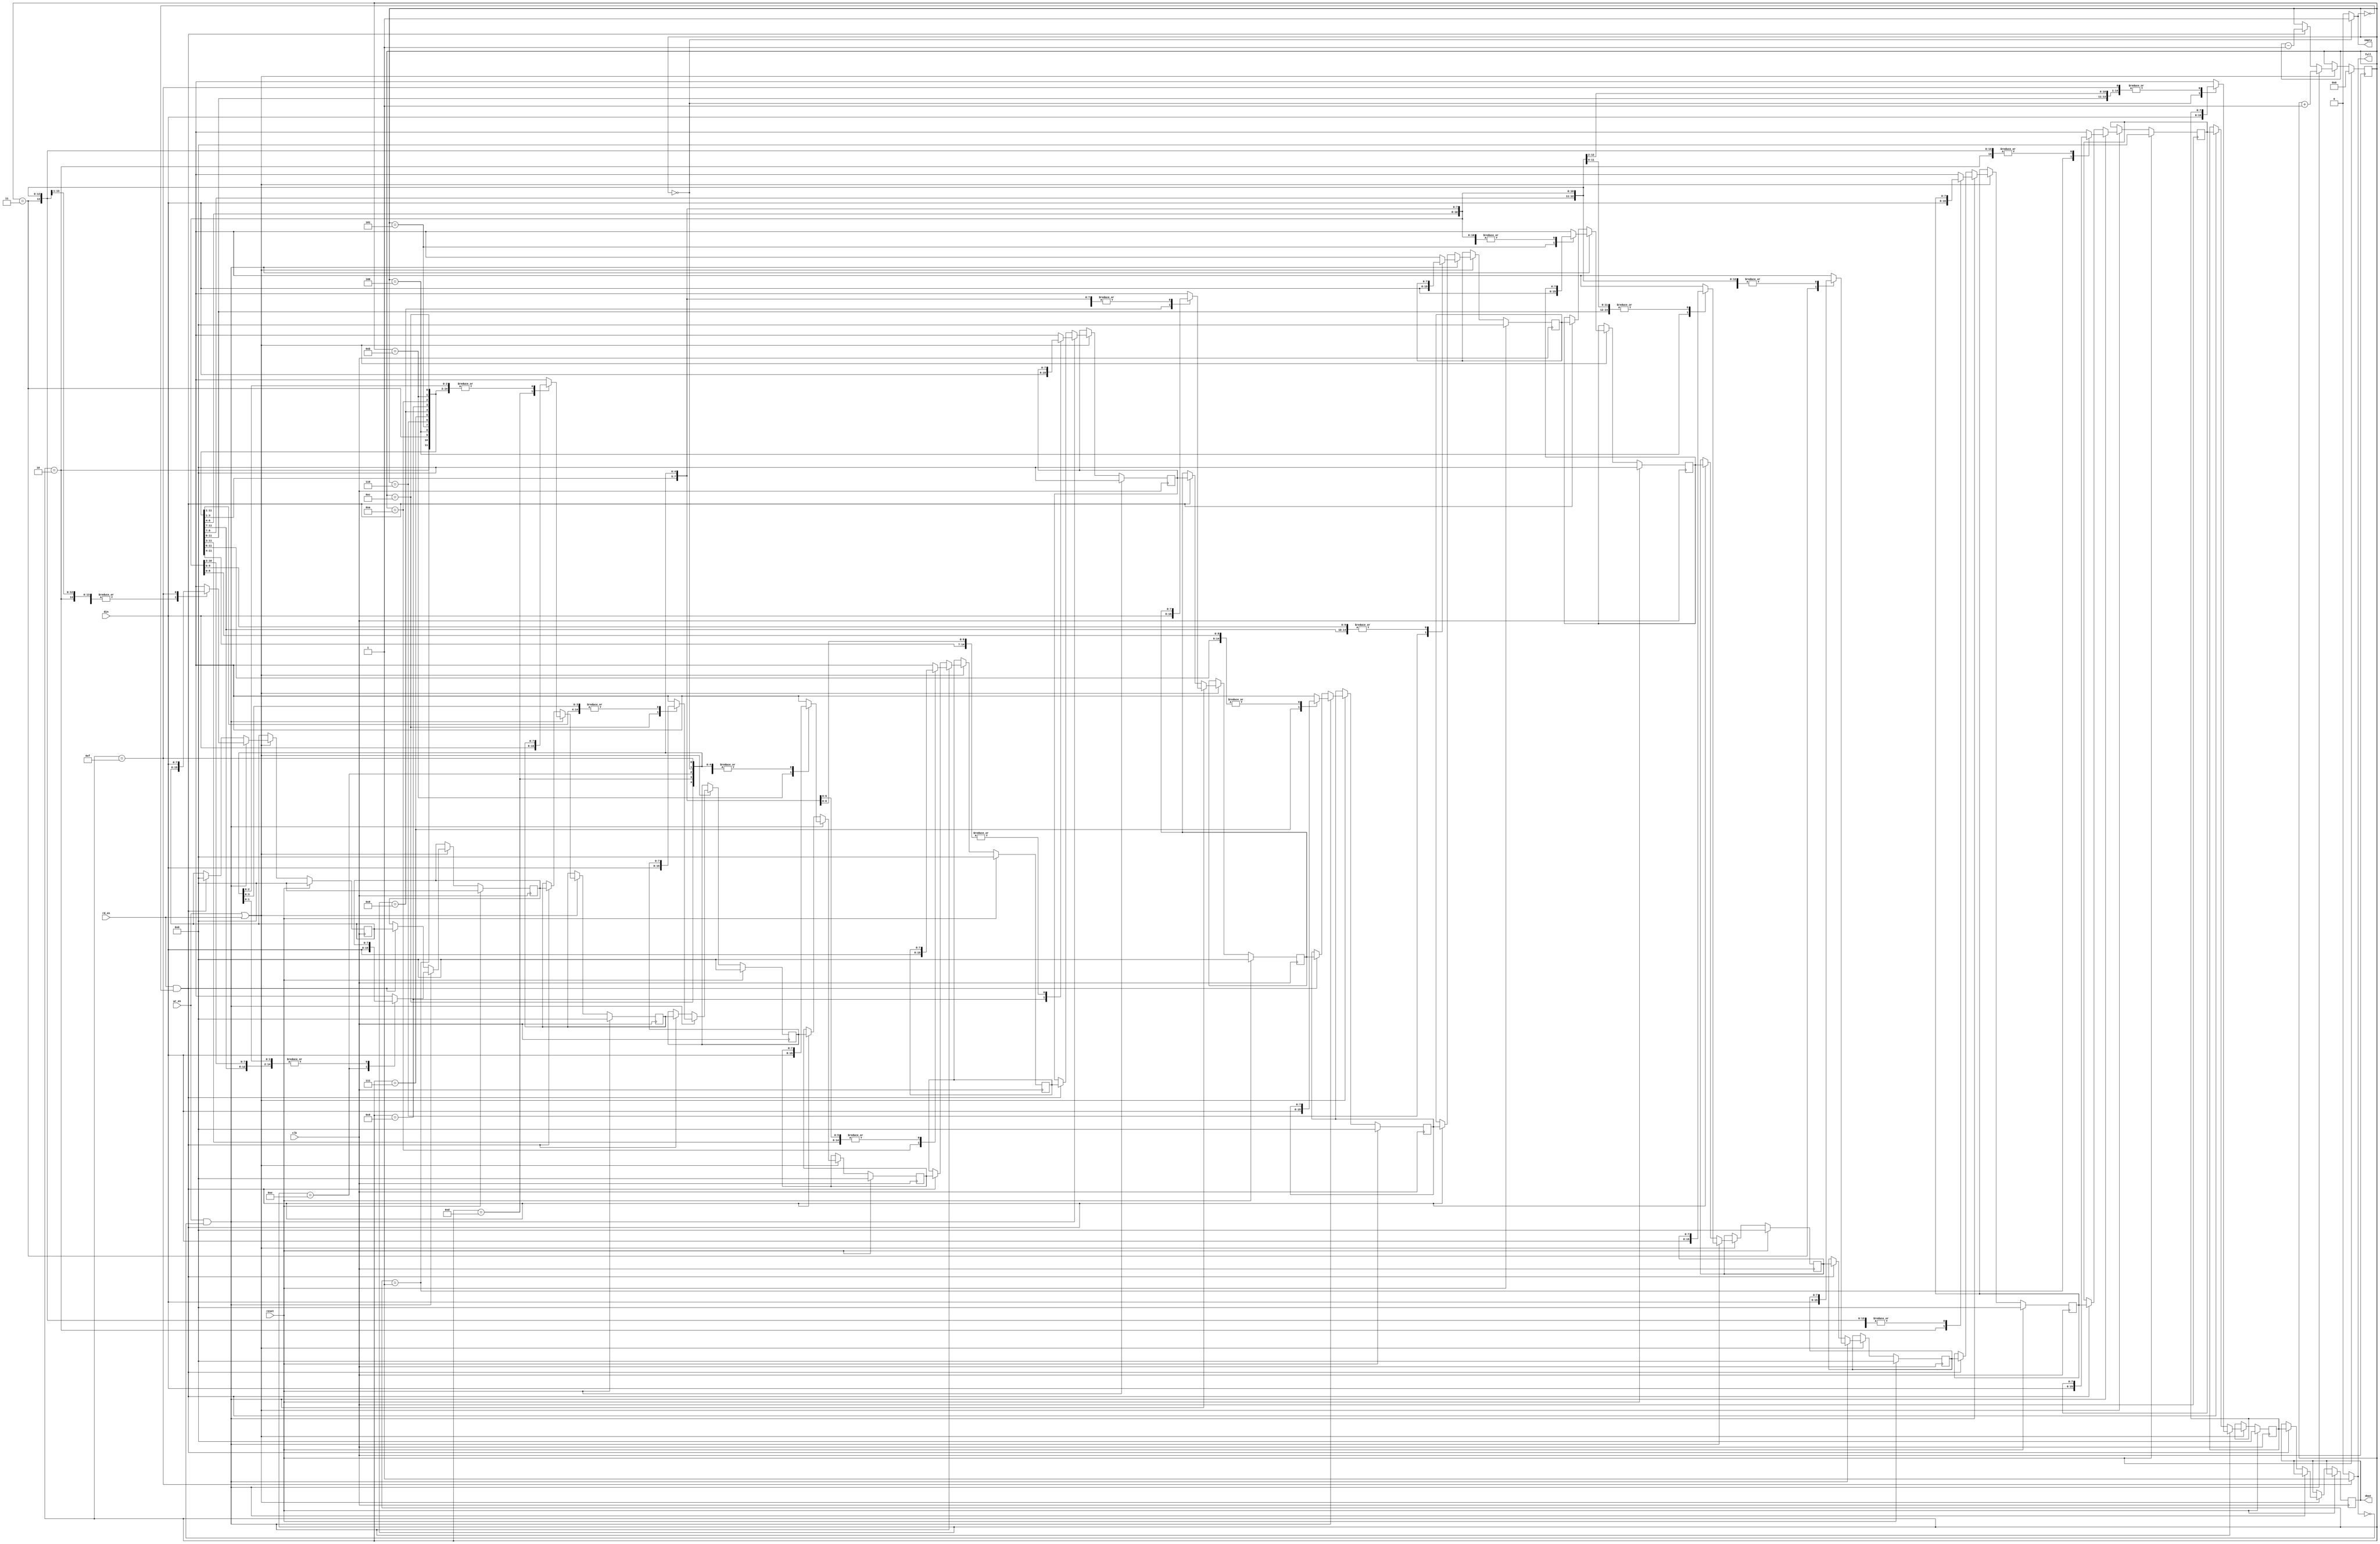
`timescale 1 ns/1ps
module fifo (clk, reset, wr_en, rd_en, din, dout, full, empty);
  input clk, reset;
  input wr_en, rd_en;
  input [7:0] din;
  output [7:0] dout;
  output full, empty;
  
  wire clk, reset;
  wire wr_en, rd_en;
  wire [7:0] din;
  wire full, empty;
  reg [7:0]mem[15:0];
  reg [7:0] dout;
  reg [3:0] addr;
  integer i;
  assign full = (addr==4'b1111) ? 1'b1 : 1'b0;
  assign empty = (addr==4'b0000) ? 1'b1 : 1'b0;
  
  always@(posedge clk)
    begin
      if (reset)
        begin
          addr = 4'b0000;
          for(i=0;i<=15;i=i+1)
            mem[i] = 8'b0;
        end 
      else if (wr_en | rd_en)
        begin
          if (wr_en && (!full))
              begin
                mem[addr] = din;
                addr= addr+1;
              end
          else
            if (rd_en && (!empty))
                begin
                  dout=mem[0];
                  mem[0]=mem[1];
                  mem[1]=mem[2];
                  mem[2]=mem[3];
                  mem[3]=mem[4];
                  mem[4]=mem[5];
                  mem[5]=mem[6];
                  mem[6]=mem[7];
                  mem[7]=mem[8];
                  mem[8]=mem[9];
                  mem[9]=mem[10];
                  mem[10]=mem[11];
                  mem[11]=mem[12];
                  mem[12]=mem[13];
                  mem[13]=mem[14];
                  mem[14]=mem[15];
                  mem[15]=8'b0;
                  
                  addr=addr-1;
                end
        end
	end
	endmodule